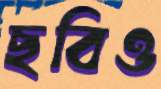
ছবিও